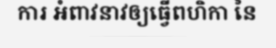
ការ អំពាវនាវឲ្យធ្វើពហិកា នៃ